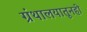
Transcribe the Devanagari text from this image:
ग्रंथालयातूनही